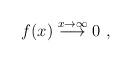
LaTeX: \begin{align*}f(x) \stackrel {x\rightarrow \infty} {\longrightarrow} 0\ , \end{align*}